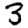
Digit: 3